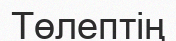
Төлептің